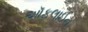
ઑફલાઈન